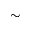
\sim